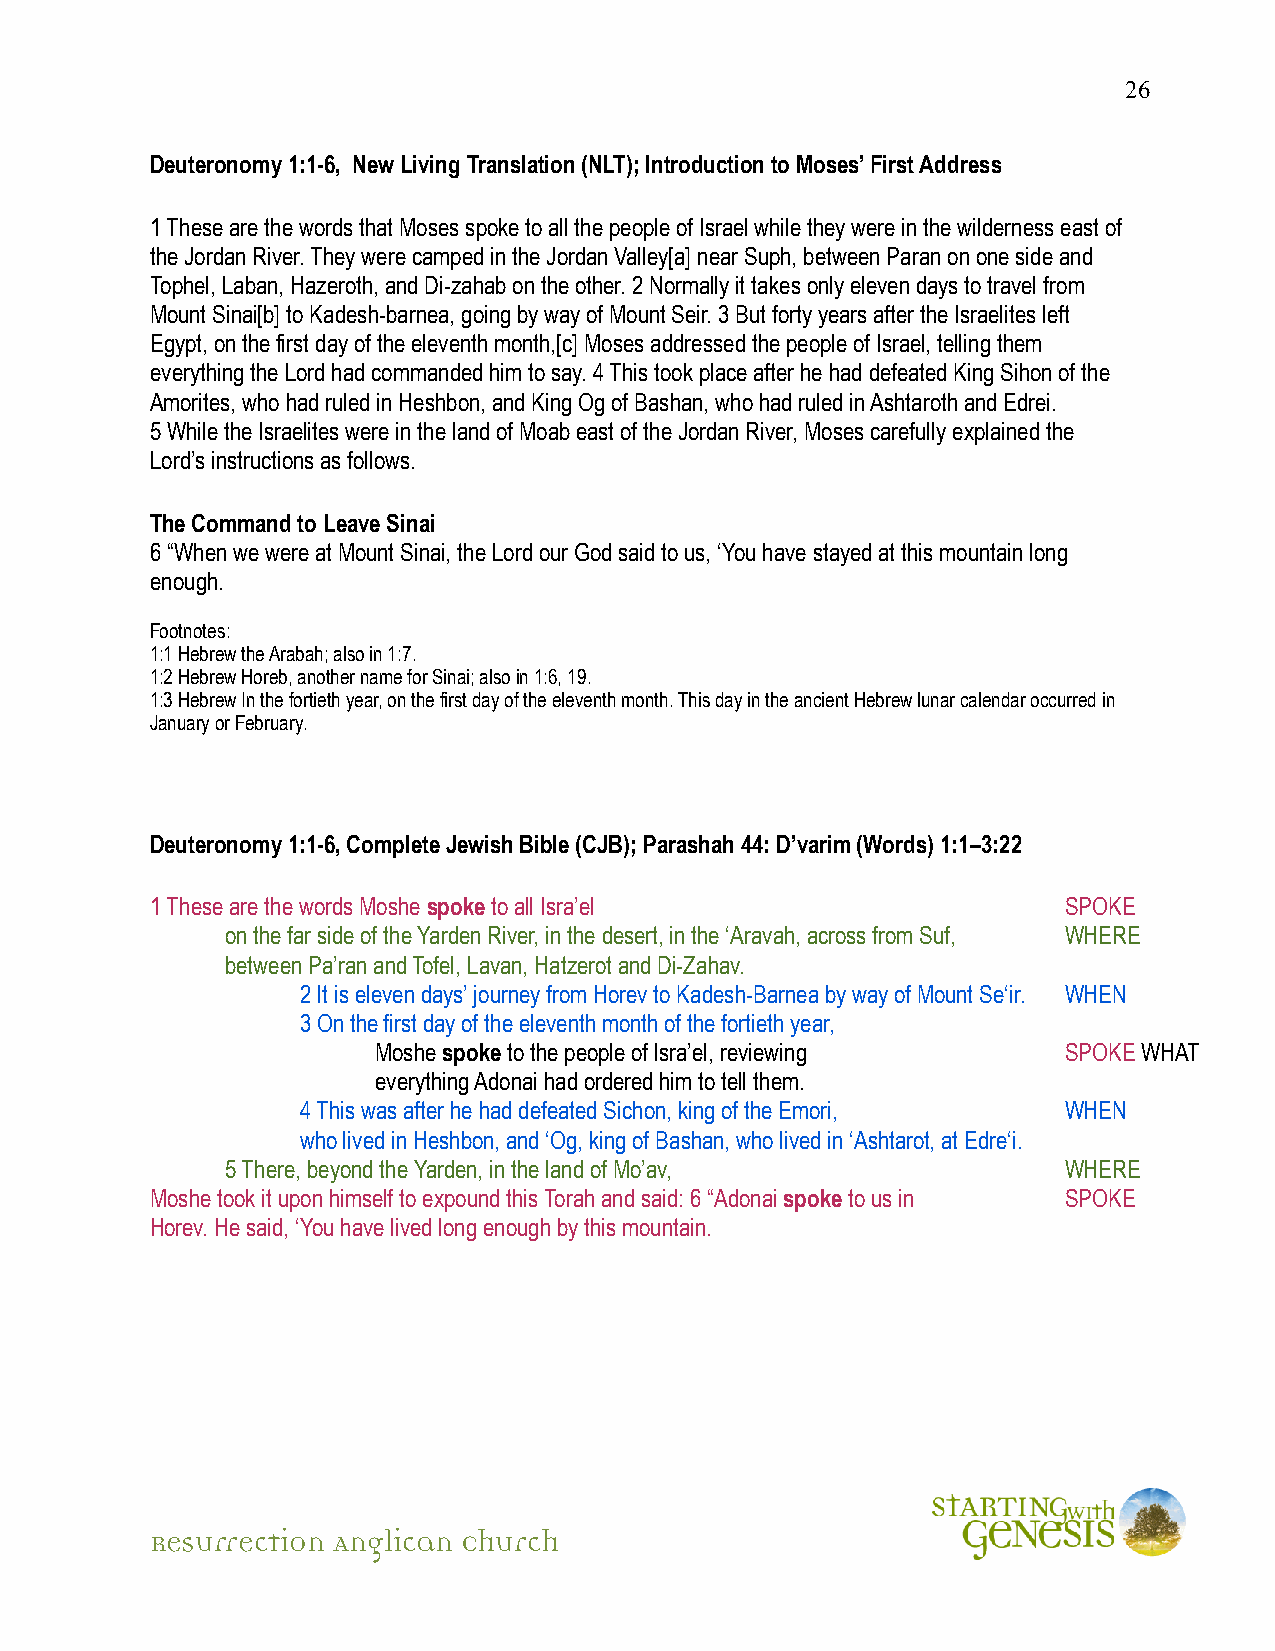
26
 Deuteronomy 1:1-6, New Living Translation (NLT); Introduction to Moses’ First Address
 1 These are the words that Moses spoke to all the people of Israel while they were in the wilderness east of
 the Jordan River. They were camped in the Jordan Valley[a] near Suph, between Paran on one side and
 Tophel, Laban, Hazeroth, and Di-zahab on the other. 2 Normally it takes only eleven days to travel from
 Mount Sinai[b] to Kadesh-barnea, going by way of Mount Seir. 3 But forty years after the Israelites left
 Egypt, on the first day of the eleventh month,[c] Moses addressed the people of Israel, telling them
 everything the Lord had commanded him to say. 4 This took place after he had defeated King Sihon of the
 Amorites, who had ruled in Heshbon, and King Og of Bashan, who had ruled in Ashtaroth and Edrei.
 5 While the Israelites were in the land of Moab east of the Jordan River, Moses carefully explained the
 Lord’s instructions as follows.
 The Command to Leave Sinai
 6 “When we were at Mount Sinai, the Lord our God said to us, ‘You have stayed at this mountain long
 enough.
 Footnotes:
 1:1 Hebrew the Arabah; also in 1:7.
 1:2 Hebrew Horeb, another name for Sinai; also in 1:6, 19.
 1:3 Hebrew In the fortieth year, on the first day of the eleventh month. This day in the ancient Hebrew lunar calendar occurred in
 January or February.
 Deuteronomy 1:1-6, Complete Jewish Bible (CJB); Parashah 44: D’varim (Words) 1:1–3:22
 1 These are the words Moshe spoke to all Isra’el            SPOKE
 on the far side of the Yarden River, in the desert, in the ‘Aravah, across from Suf, WHERE
 between Pa’ran and Tofel, Lavan, Hatzerot and Di-Zahav.
 2 It is eleven days’ journey from Horev to Kadesh-Barnea by way of Mount Se‘ir. WHEN
 3 On the first day of the eleventh month of the fortieth year,
 Moshe spoke to the people of Isra’el, reviewing SPOKE WHAT
 everything Adonai had ordered him to tell them.
 4 This was after he had defeated Sichon, king of the Emori, WHEN
 who lived in Heshbon, and ‘Og, king of Bashan, who lived in ‘Ashtarot, at Edre‘i.
 5 There, beyond the Yarden, in the land of Mo’av,      WHERE
 Moshe took it upon himself to expound this Torah and said: 6 “Adonai spoke to us in SPOKE
 Horev. He said, ‘You have lived long enough by this mountain.
 Resurrection Anglican Church